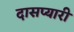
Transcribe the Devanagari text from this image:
दासप्यारी